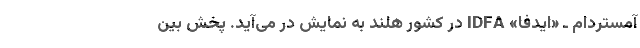
آمستردام ـ «ایدفا» IDFA در کشور هلند به نمایش در می‌آید. پخش بین‌